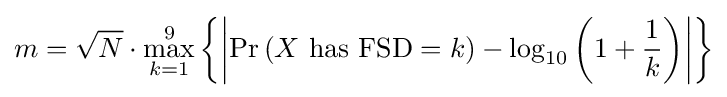
m={\sqrt {N}}\cdot \max _{k=1}^{9}\left\{\left|\Pr \left(X{\text{ has FSD}}=k\right)-\log _{10}\left(1+{\frac {1}{k}}\right)\right|\right\}